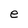
Character: e